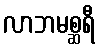
လာဘမစ္ဆရီ